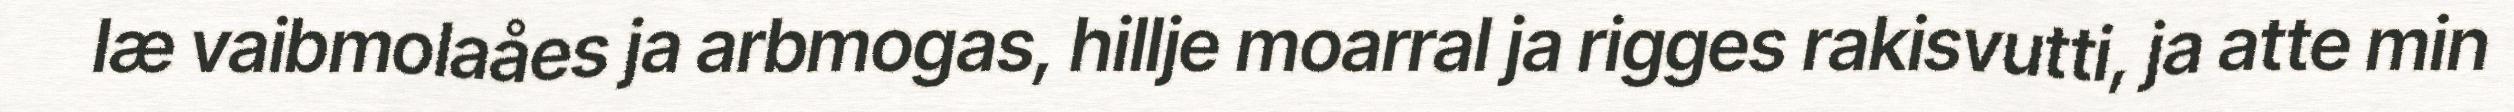
læ vaibmolaåes ja arbmogas, hillje moarral ja rigges rakisvutti, ja atte min